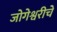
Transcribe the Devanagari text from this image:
जोगेश्वरीचे